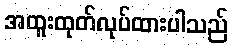
အထူးထုတ်လုပ်ထားပါသည်